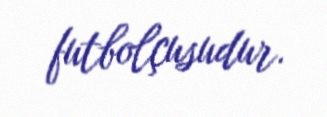
futbolçusudur.